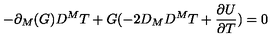
- \partial _ { M } ( G ) D ^ { M } T + G ( - 2 D _ { M } D ^ { M } T + \frac { \partial U } { \partial T } ) = 0